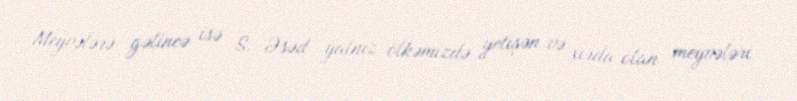
Meyvələrə gəlincə isə S. Əsəd yalnız ölkəmizdə yetişən və xırda olan meyvələri